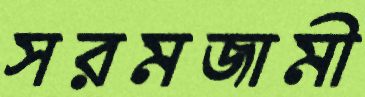
সরমজামী